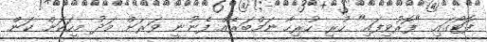
ފޮޓޯގައި "ފޮރުވިފައި" ހުރި ހުރިހާ ނަމްބަރެއް ފެނުނީ ވަރަށް މަދު މީހަކަށް ކަން